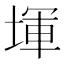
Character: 堚